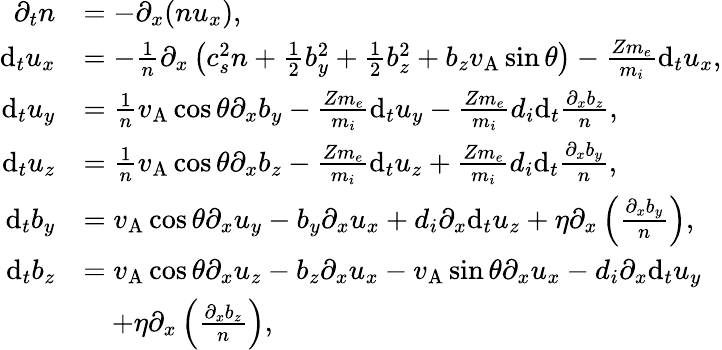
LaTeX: \begin{array}{rl}{\partial_{t}n}&{=-\partial_{x}(nu_{x}),}\\ {\mathrm{d}_{t}u_{x}}&{=-\frac{1}{n}\partial_{x}\left(c_{s}^{2}n+\frac{1}{2}b_{y}^{2}+\frac{1}{2}b_{z}^{2}+b_{z}v_{\mathrm{A}}\sin\theta\right)-\frac{Zm_{e}}{m_{i}}\mathrm{d}_{t}u_{x},}\\ {\mathrm{d}_{t}u_{y}}&{=\frac{1}{n}v_{\mathrm{A}}\cos\theta\partial_{x}b_{y}-\frac{Zm_{e}}{m_{i}}\mathrm{d}_{t}u_{y}-\frac{Zm_{e}}{m_{i}}d_{i}\mathrm{d}_{t}\frac{\partial_{x}b_{z}}{n},}\\ {\mathrm{d}_{t}u_{z}}&{=\frac{1}{n}v_{\mathrm{A}}\cos\theta\partial_{x}b_{z}-\frac{Zm_{e}}{m_{i}}\mathrm{d}_{t}u_{z}+\frac{Zm_{e}}{m_{i}}d_{i}\mathrm{d}_{t}\frac{\partial_{x}b_{y}}{n},}\\ {\mathrm{d}_{t}b_{y}}&{=v_{\mathrm{A}}\cos\theta\partial_{x}u_{y}-b_{y}\partial_{x}u_{x}+d_{i}\partial_{x}\mathrm{d}_{t}u_{z}+\eta\partial_{x}\left(\frac{\partial_{x}b_{y}}{n}\right),}\\ {\mathrm{d}_{t}b_{z}}&{=v_{\mathrm{A}}\cos\theta\partial_{x}u_{z}-b_{z}\partial_{x}u_{x}-v_{\mathrm{A}}\sin\theta\partial_{x}u_{x}-d_{i}\partial_{x}\mathrm{d}_{t}u_{y}}\\ &{\quad+\eta\partial_{x}\left(\frac{\partial_{x}b_{z}}{n}\right),}\end{array}